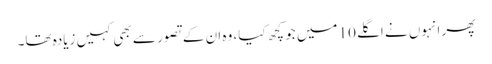
پھر انہوں نے اگلے 10 میں جو کچھ کیا، وہ ان کے تصور سے بھی کہیں زیادہ تھا۔